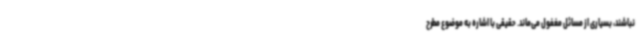
نباشند، بسیاری از مسائل مغفول می‌ماند. حقیقی با اشاره به موضوع مطرح